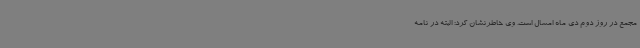
مجمع در روز دوم دی ماه امسال است. وی خاطرنشان کرد: البته در نامه